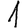
Digit: 1